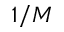
1 / M